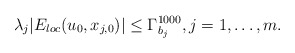
\begin{align*}\lambda_{j}|E_{loc}(u_{0},x_{j,0})|\leq \Gamma_{b_{j}}^{1000}, j=1,\dots, m.\end{align*}